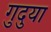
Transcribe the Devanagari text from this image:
गुदुया